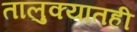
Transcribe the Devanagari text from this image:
तालुक्‍यातही